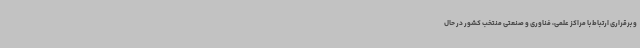
و برقراری ارتباط با مراکز علمی، فناوری و صنعتی منتخب کشور در حال